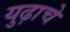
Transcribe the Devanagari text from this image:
युढ़ाचे